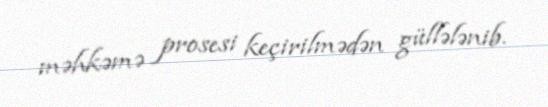
məhkəmə prosesi keçirilmədən güllələnib.